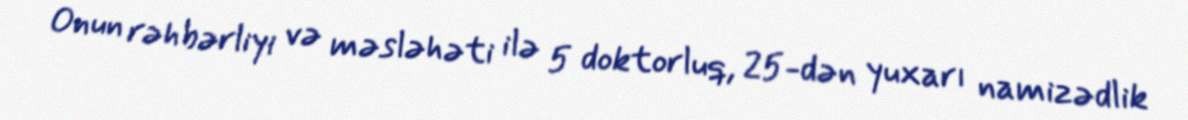
Onun rəhbərliyi və məsləhəti ilə 5 doktorluq, 25-dən yuxarı namizədlik